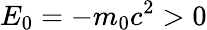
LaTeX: E_{0}=-m_{0}c^{2}>0